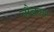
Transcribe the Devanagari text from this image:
नौबलर